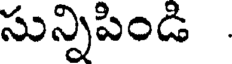
సున్నిపిండి